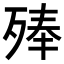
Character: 𣨞